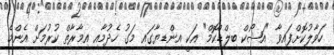
ހަވާލުކޮށްފައިވާ "އަޝޯކް ބިލްޑްކޮމް" އަކީ އިންޑިޔާގައި މަގު ހެދުމާއި އިމާރާތް ކުރުމަށް އެންމެ